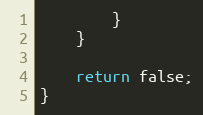
Language: C++
		}
	}

	return false;
}